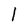
Character: I